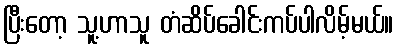
ပြီးတော့ သူ့ဟာသူ တံဆိပ်ခေါင်းကပ်ပါလိမ့်မယ်။